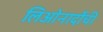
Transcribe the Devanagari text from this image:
लिओनार्दोची